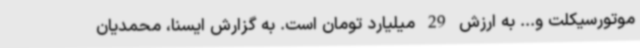
موتورسیکلت و... به ارزش 29 میلیارد تومان است. به گزارش ایسنا، محمدیان